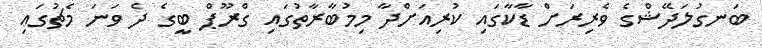
ބަނގުލަދޭޝްގެ ވެރިރަށް ޑާކާގައި ކުރިއަށްދާ މިމުބާރާތުގައި ގްރޫޕް ބީގެ ދެ ވަނަ މެޗުގައި